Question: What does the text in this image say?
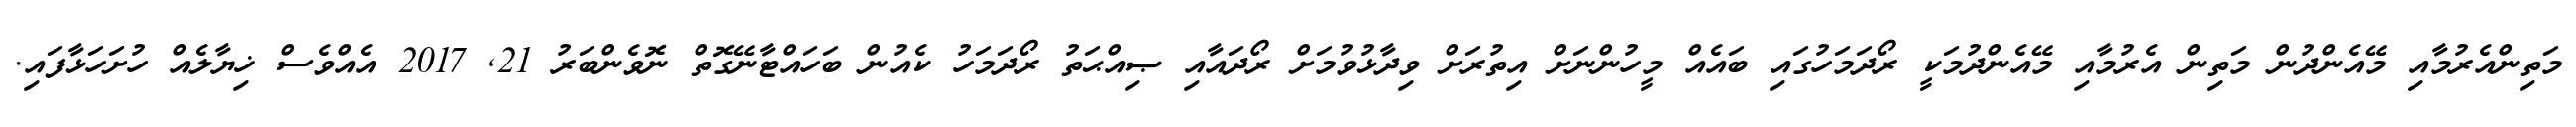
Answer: މަތިންއެރުމާއި މޭއެންދުން މަތިން އެރުމާއި މޭއެންދުމަކީ ރޯދަމަހުގައި ބައެއް މީހުންނަށް އިތުރަށް ވިދާޅުވުމަށް ރޯދައާއި ޞިއްޙަތު ރޯދަމަހު ކެއުން ބަހައްޓާނޭގޮތް ނޮވެންބަރު 21, 2017 އެއްވެސް ޚިޔާލެއް ހުށަހަޅާފައި.